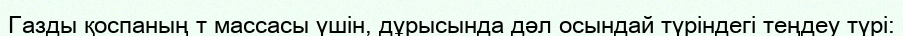
Газды қоспаның т массасы үшін, дұрысында дәл осындай түріндегі теңдеу түрі: